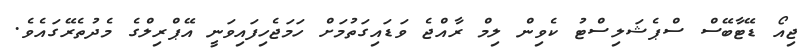
ޖިއޯ ޑޭޓާބޭސް ސްޕެޝަލިސްޓު ކެވިން ލިމް ރާއްޖެ ވަޑައިގަތުމަށް ހަމަޖެހިފައިވަނީ އޭޕްރިލްގެ މެދުތެރޭގައެވެ.